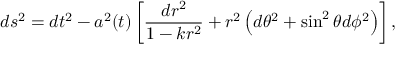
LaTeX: d s ^ { 2 } = d t ^ { 2 } - a ^ { 2 } ( t ) \left[ { \frac { d r ^ { 2 } } { 1 - k r ^ { 2 } } } + r ^ { 2 } \left( d \theta ^ { 2 } + \sin ^ { 2 } \theta d \phi ^ { 2 } \right) \right] ,